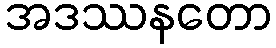
အဒဿနတော